Annual administration report of the Civil Veterinary Department of India - 1905-1906
Year: 1905
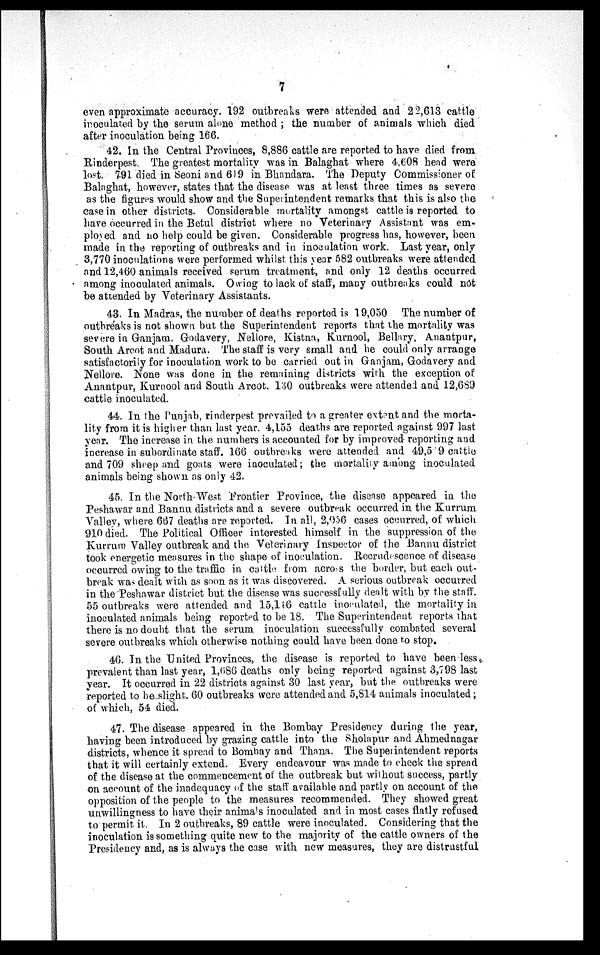
7
even approximate accuracy. 192 outbreaks were attended and 22,613 cattle
inoculated by the serum alone method ; the number of animals which died
after inoculation being 166.
42. In the Central Provinces, 8,886 cattle are reported to have died from
Rinderpest. The greatest mortality was in Balaghat where 4,608 head were
lost. 791 died in Seoni and 619 in Bhandara. The Deputy Commissioner of
Balaghat, however, states that the disease was at least three times as severe
as the figures would show and the Superintendent remarks that this is also the
case in other districts. Considerable mortality amongst cattle is reported to
have occurred in the Betul district where no Veterinary Assistant was em-
ployed and no help could be given. Considerable progress has, however, been
made in the reporting of outbreaks and in inoculation work. Last year, only
3,770 inoculations were performed whilst this year 582 outbreaks were attended
and 12,460 animals received serum treatment, and only 12 deaths occurred
among inoculated animals. Owing to lack of staff, many outbreaks could not
be attended by Veterinary Assistants.
43. In Madras, the number of deaths reported is 19,050 The number of
outbreaks is not shown but the Superintendent reports that the mortality was
severe in Ganjam, Godavery, Nellore, Kistna, Kurnool, Bellary, Anantpur,
South Arcot and Madura. The staff is very small and he could only arrange
satisfactorily for inoculation work to be carried out in Ganjam, Godavery and
Nellore. None was done in the remaining districts with the exception of
Anantpur, Kurnool and South Arcot. 130 outbreaks were attended and 12,689
cattle inoculated.
44. In the Punjab, rinderpest prevailed to a greater extent and the morta-
lity from it is higher than last year. 4,155 deaths are reported against 997 last
year. The increase in the numbers is accounted for by improved reporting and
increase in subordinate staff. 166 outbreaks were attended and 49,5 9 cattle
and 709 sheep and goats were inoculated; the mortality among inoculated
animals being shown as only 42.
45. In the North-West Frontier Province, the disease appeared in the
Peshawar and Bannu districts and a severe outbreak occurred in the Kurrum
Valley, where 667 deaths are reported. In all, 2,056 cases occurred, of which
910 died. The Political Officer interested himself in the suppression of the
Kurrum Valley outbreak and the Veterinary Inspector of the Bannu district
took energetic measures in the shape of inoculation. Recrudescence of disease
occurred owing to the traffic in cattle from across the border, but each out-
break was dealt with as soon as it was discovered. A serious outbreak occurred
in the Peshawar district but the disease was successfully dealt with by the staff.
55 outbreaks were attended and 15,116 cattle inoculated, the mortality in
inoculated animals being reported to be 18. The Superintendent reports that
there is no doubt that the serum inoculation successfully combated several
severe outbreaks which otherwise nothing could have been done to stop.
46. In the United Provinces, the disease is reported to have been less,
prevalent than last year, 1,686 deaths only being reported against 3,798 last
year. It occurred in 22 districts against 30 last year, but the. outbreaks were
reported to be slight. 60 outbreaks were attended and 5,814 animals inoculated;
of which, 54 died.
47. The disease appeared in the Bombay Presidency during the year,
having been introduced by grazing cattle into the Sholapur and Ahmednagar
districts, whence it spread to Bombay and Thana. The Superintendent reports
that it will certainly extend. Every endeavour was made to check the spread
of the disease at the commencement of the outbreak but without success, partly
on account of the inadequacy of the staff available and partly on account of the
opposition of the people to the measures recommended. They showed great
unwillingness to have their animals inoculated and in most cases flatly refused
to permit it. In 2 outbreaks, 89 cattle were inoculated. Considering that the
inoculation is something quite new to the majority of the cattle owners of the
Presidency and, as is always the case with new measures, they are distrustful